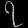
Digit: ၇